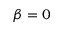
\beta = 0